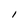
Character: 1